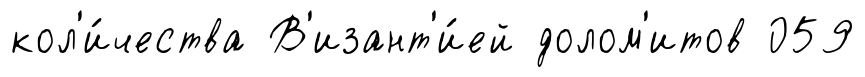
кол'и́чества В'изант'и́ей долом'итов 059